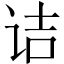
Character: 诘